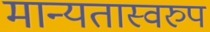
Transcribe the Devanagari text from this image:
मान्यतास्वरुप